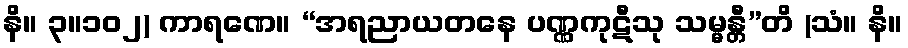
နိ။ ၃။၁၀၂) ကာရဏေ။ “အရညာယတနေ ပဏ္ဏကုဋီသု သမ္မန္တီ”တိ (သံ။ နိ။